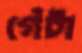
গেঁটা